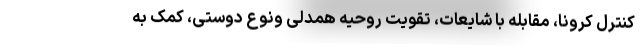
کنترل کرونا، مقابله با شایعات، تقویت روحیه همدلی ونوع دوستی، کمک به